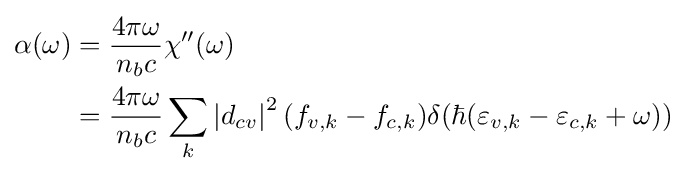
{\begin{aligned}\alpha (\omega )&={\frac {4\pi \omega }{n_{b}c}}\chi ''(\omega )\\&={\frac {4\pi \omega }{n_{b}c}}\sum \limits _{k}{\left|{d_{cv}}\right|^{2}(f_{v,k}-f_{c,k})\delta (\hbar (\varepsilon _{v,k}-\varepsilon _{c,k}+\omega ))}\end{aligned}}